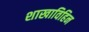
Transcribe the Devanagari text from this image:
शाखाविहिन